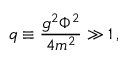
q \equiv \frac { g ^ { 2 } \Phi ^ { 2 } } { 4 m ^ { 2 } } \gg 1 \, ,